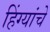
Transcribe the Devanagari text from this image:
हिंग्यांचे